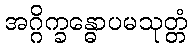
အဂ္ဂိက္ခန္ဓောပမသုတ္တံ